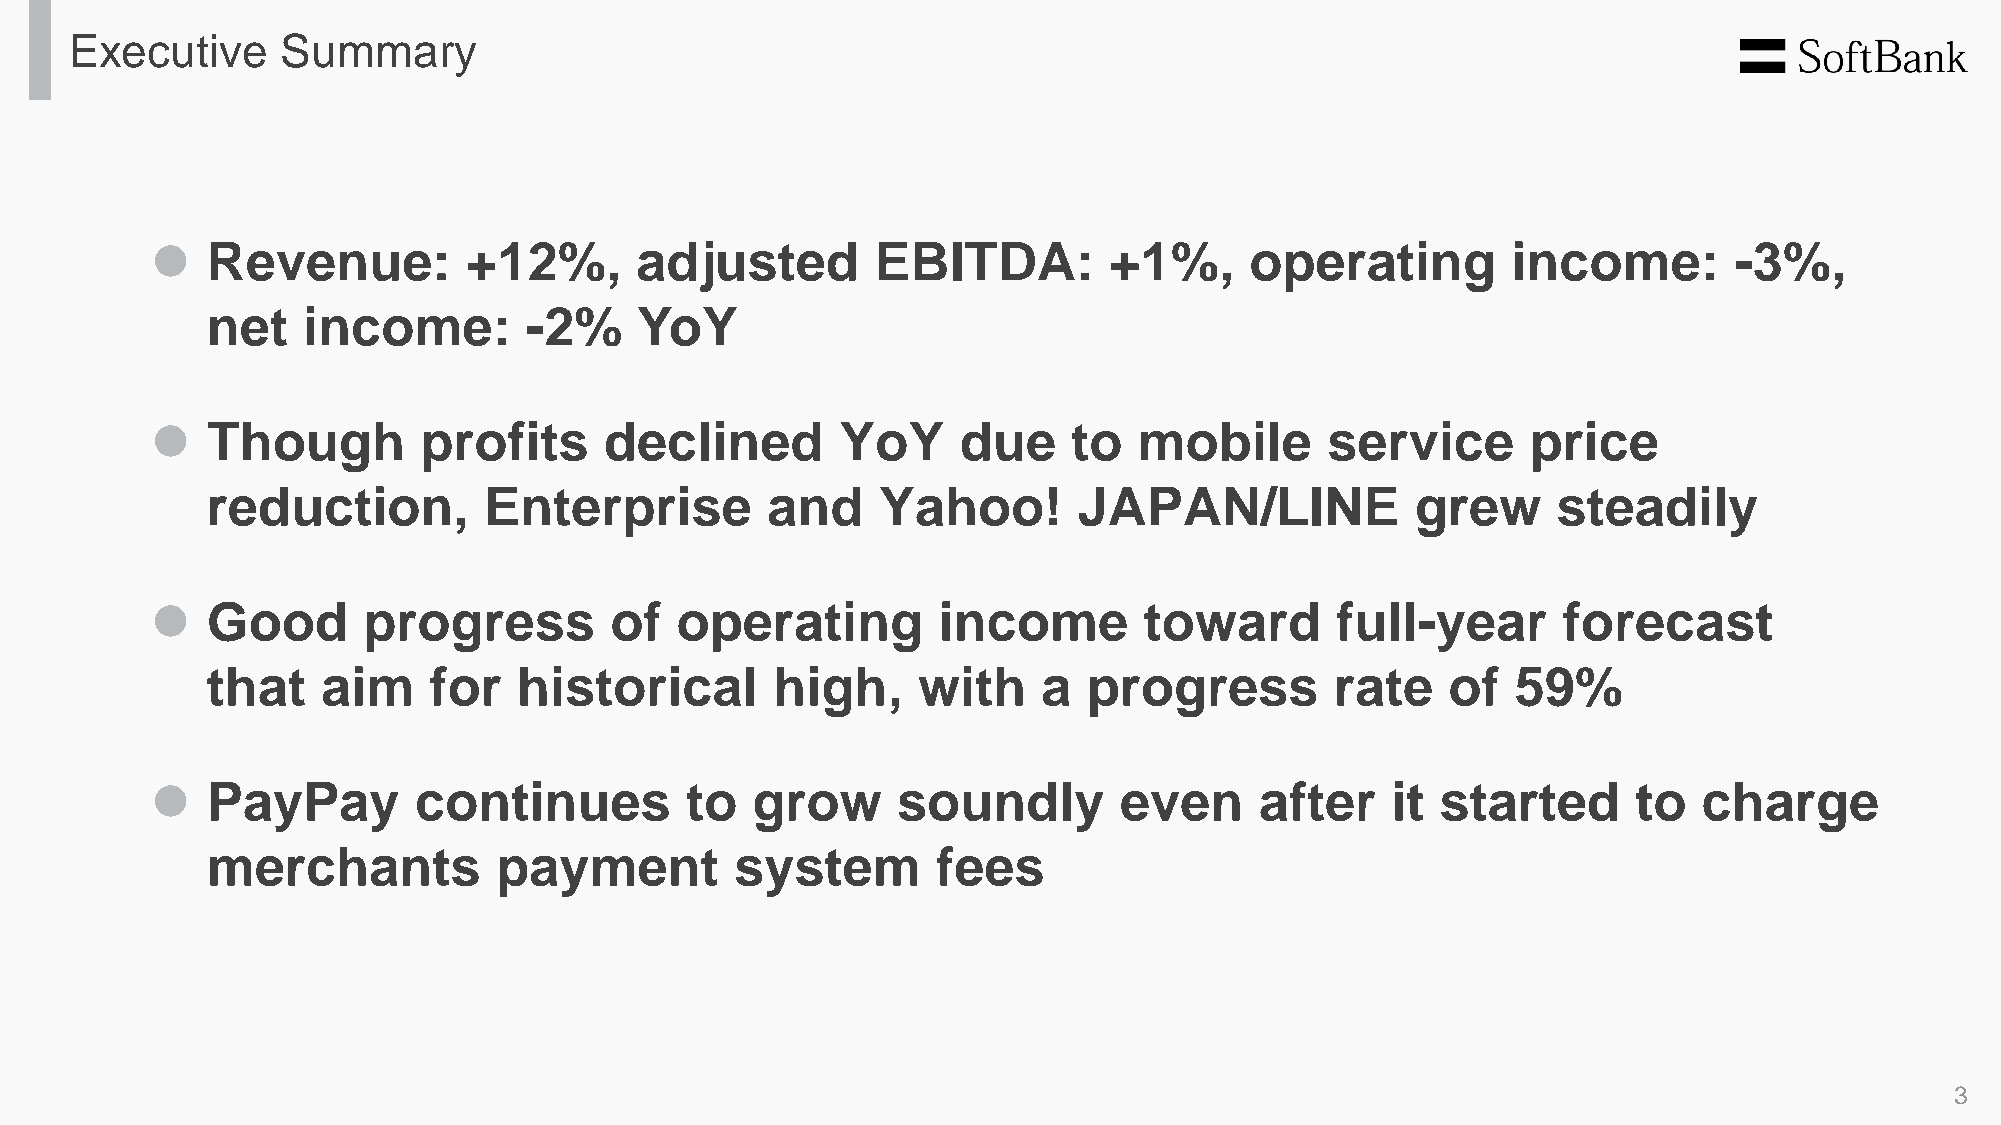
Executive     Summary
 ⚫   Revenue:         +12%,      adjusted        EBITDA:        +1%,      operating        income:        -3%,
 net   income:        -2%    YoY
 ⚫   Though        profits     declined        YoY     due    to  mobile       service      price
 reduction,        Enterprise         and    Yahoo!       JAPAN/LINE             grew     steadily
 ⚫   Good      progress        of   operating        income        toward      full-year      forecast
 that   aim    for   historical       high,     with    a  progress        rate    of  59%
 ⚫   PayPay       continues         to   grow     soundly        even     after    it started      to   charge
 merchants          payment         system       fees
 3